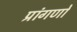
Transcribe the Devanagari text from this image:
प्रांगणों